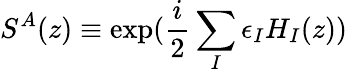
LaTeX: S^{A}(z)\equiv\exp(\frac{i}{2}\sum_{I}\epsilon_{I}H_{I}(z))